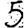
Digit: 5